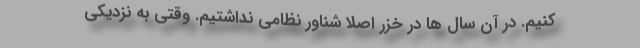
کنیم. در آن سال ها در خزر اصلاً شناور نظامی نداشتیم. وقتی به نزدیکی